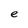
Character: e